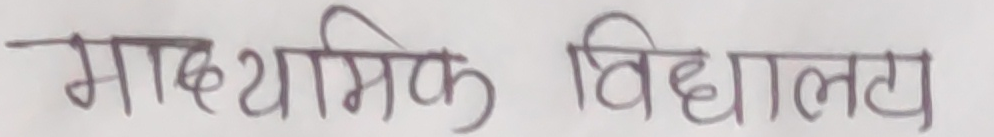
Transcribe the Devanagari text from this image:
माध्यमिक विद्यालय